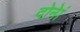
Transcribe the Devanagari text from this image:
दोनेां